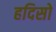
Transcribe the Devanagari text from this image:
हदिसो